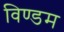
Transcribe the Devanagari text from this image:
विण्डम